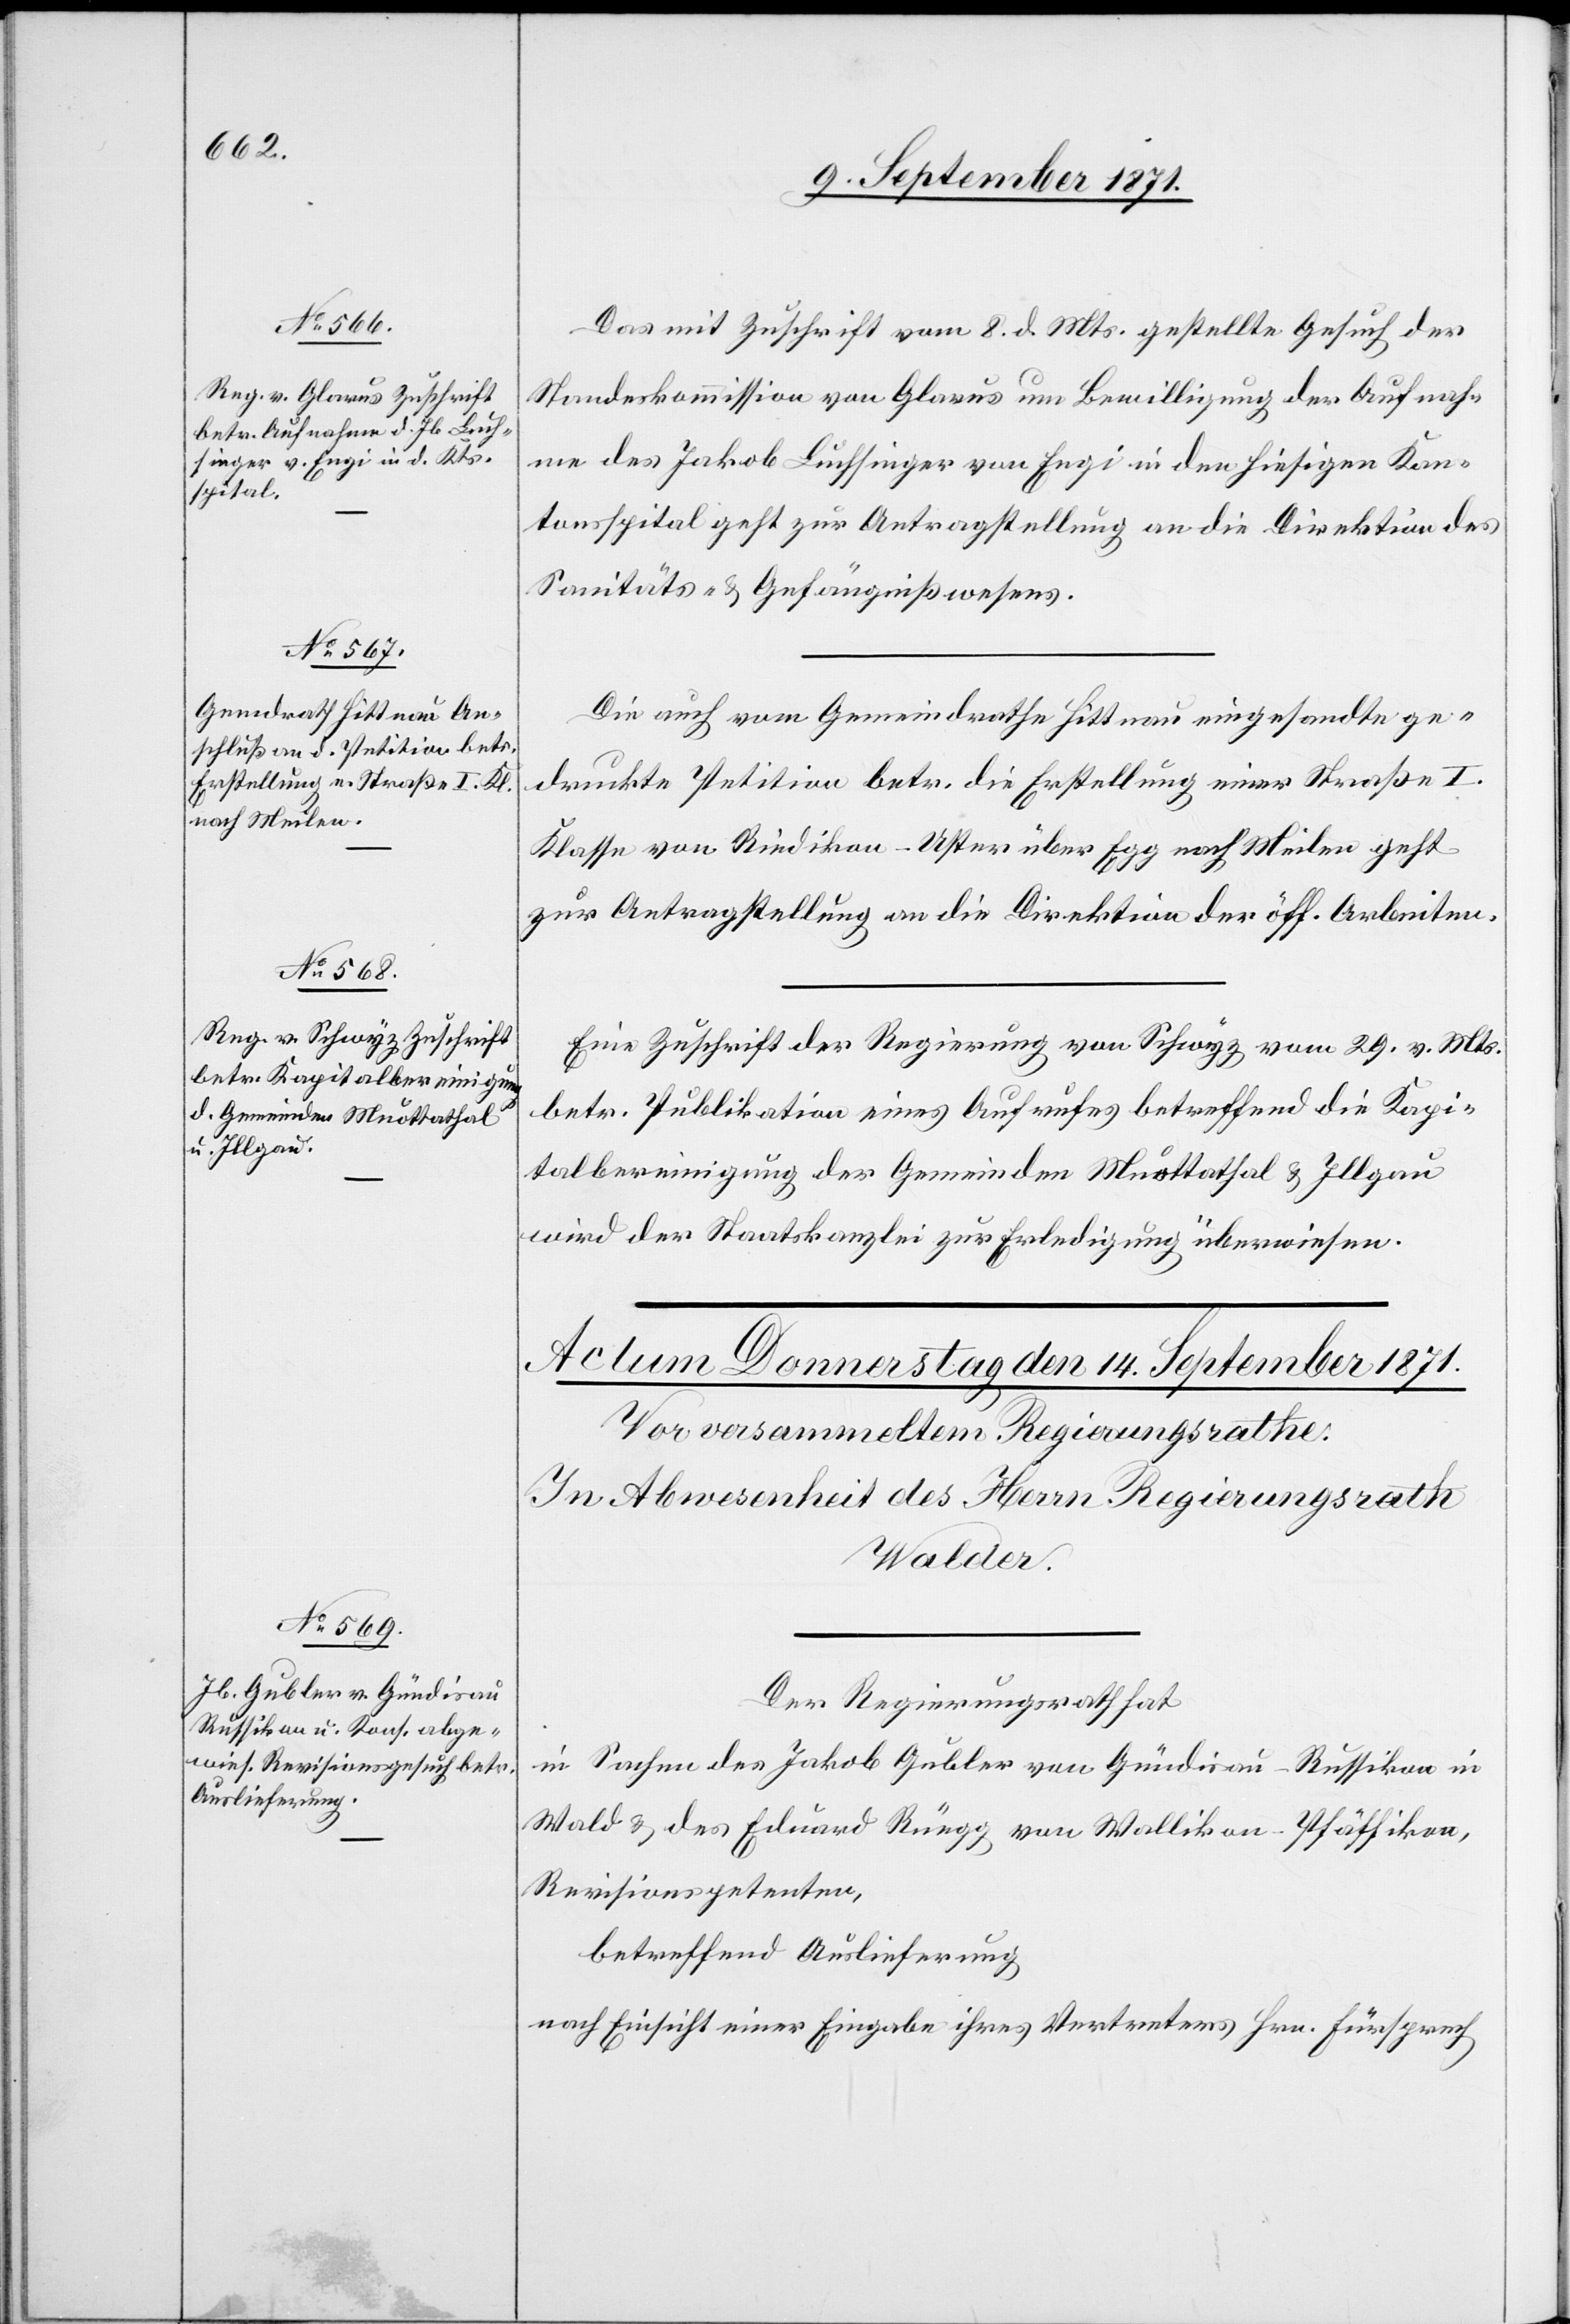
11. September 1871.]
Das mit Zuschrift vom 8. d. Mts. gestellte Gesuch der
Standeskommission von Glarus um Bewilligung der Aufnah¬
me des Jakob Luchsinger von Engi in den hiesigen Kan¬
tonsspital geht zur Antragstellung an die Direktion des
Sanitäts- & Gefängnißwesens.
Die auch vom Gemeindrathe Hittnau eingesandte ge¬
druckte Petition betr. die Erstellung einer Straße I.
Klasse von Riedikon–Uster über Egg nach Meilen geht
zur Antragstellung an die Direktion der öff. Arbeiten.
Eine Zuschrift der Regierung von Schwyz vom 29. v. Mts.
betr. Publikation eines Aufrufes betreffend die Kapi¬
talbereinigung der Gemeinden Muottathal & Illgau
wird der Staatskanzlei zur Erledigung überwiesen.
Der Regierungsrath
in Sachen des Jakob Gubler von Gündisau-Russikon in
Wald & des Eduard von Wallikon-Pfäffikon,
Revisionspetenten,
betreffend Auslieferung
nach Einsicht einer Eingabe ihres Vertreters Hrn. Fürsprech